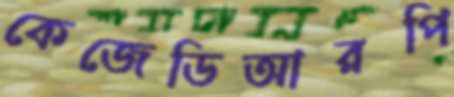
কেজেডিআরপি